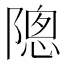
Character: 𬯗